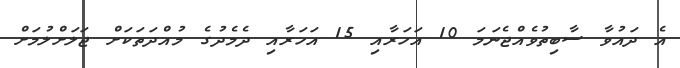
އެ ދައުވާ ސާބިތުވެއްޖެނަމަ 10 އަހަރާއި 15 އަހަރާއި ދެމެދުގެ މުއްދަތަކަށް ޖަލަށްލުމަށް